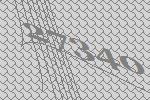
27340